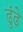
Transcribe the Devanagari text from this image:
ढुंढे